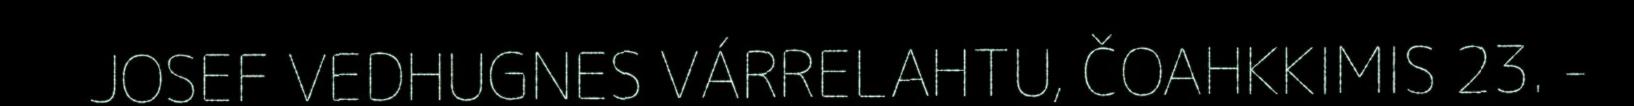
JOSEF VEDHUGNES VÁRRELAHTU, ČOAHKKIMIS 23. -